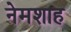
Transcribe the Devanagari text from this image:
नेमशाह